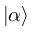
\left| \alpha \right\rangle